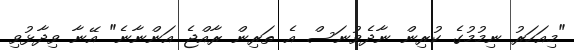
"މިއަހަރު ނިމުމުގެ ކުރިން ނާދެވުނަސް އެ ތަރިން ރާއްޖެ އަންނާނެ" އޭނާ ވިދާޅުވި